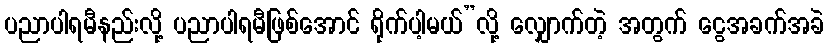
ပညာပါရမီနည်းလို့ ပညာပါရမီဖြစ်အောင် ရိုက်ပါ့မယ်”လို့ လျှောက်တဲ့ အတွက် ငွေအခက်အခဲ